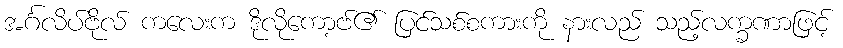
အင်္ဂလိပ်ဗိုလ် ကလေးက ဒိုလိုကော့ဗ်၏ ပြင်သစ်စကားကို နားလည် သည့်လက္ခဏာဖြင့်